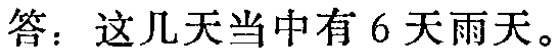
答：这几天当中有 6 天雨天。